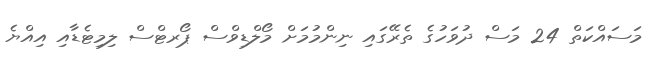
މަސައްކަތް 24 މަސް ދުވަހުގެ ތެރޭގައި ނިންމުމަށް މޯލްޑިވްސް ޕޯރޓްސް ލިމިޓެޑާއި އިއްޔެ